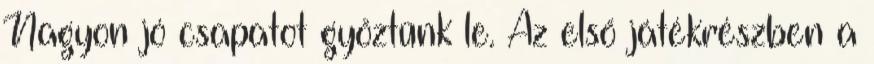
Nagyon jó csapatot győztünk le. Az első játékrészben a